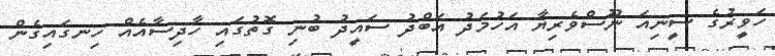
ހަވީރުގެ ސީނިއަ ނޫސްވެރިޔާ އަހުމަދު އަބްދު ސައީދު ބުނި ގޮތުގައި ހާދިސާއެއް ހިނގައިގެން